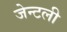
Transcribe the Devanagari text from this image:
जेन्टली